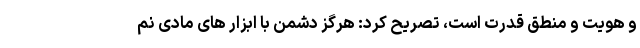
و هویت و منطق قدرت است، تصریح کرد: هرگز دشمن با ابزار های مادی نم